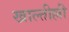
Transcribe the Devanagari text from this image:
खाल्तील्ली